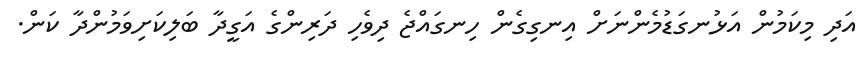
އަދި މިކަމުން އަޅުނގަޑުމެންނަށް އިނގިގެން ހިނގައްޖެ ދިވެހި ދަރިންގެ އަގީދާ ބަލިކަށިވަމުންދާ ކަން.